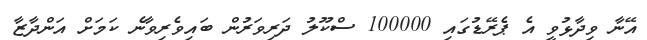
އޭނާ ވިދާޅުވީ އެ ޕެރޭޑުގައި 100000 ސްކޫލު ދަރިވަރުން ބައިވެރިވާނެ ކަމަށް އަންދާޒާ